Sanitation, dispensaries and jails vaccination Rajputana 1922-1927 - 1922-1927
Year: 1922
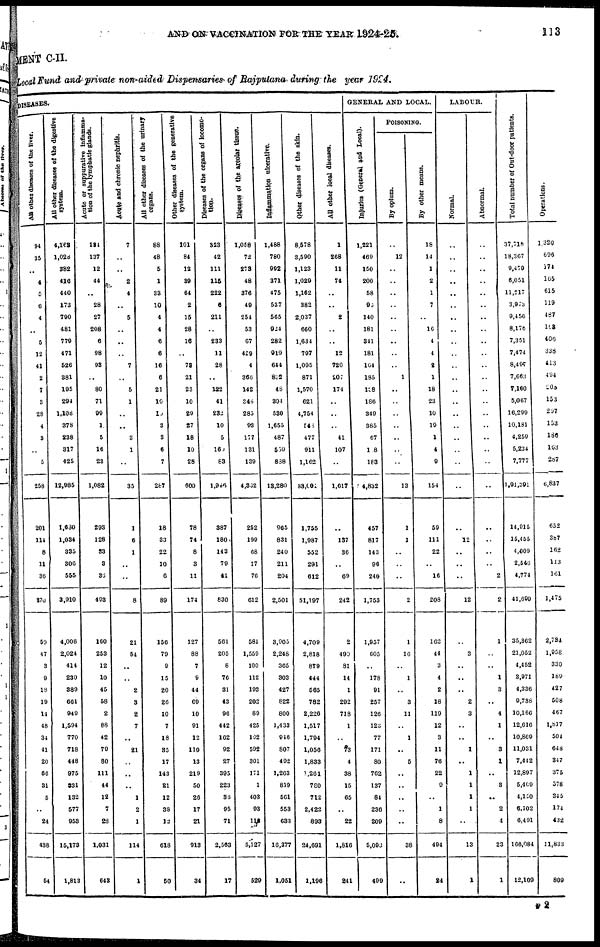
AND ON VACCINATION FOR THE YEAR
1924-25.
113
MENT C-II.
Local Fund and private non-aided Dispensaries of Rajputana during the year 1924.
DISEASES.
All other diseases of the liver.
94
35
..
4
5
6
4
..
5
12
41
2
7
3
28
4
3
..
5
258
201
114
8
11
36
870
59
47
3
9
18
19
14
48
34
41
20
60
31
6
..
24
438
54
All other diseases of the digestive
system.
4,168
1,028
382
416
440
173
790
481
779
471
526
381
195
294
1,108
378
238
317
425
12,985
1,630
1,034
335
306
555
3,910
4,008
2,024
414
230
389
661
949
1,594
770
718
448
975
531
132
577
953
15,173
1,813
Acute or suppurative inflamma-
tion of the lymphatic glands.
184
137
12
44
..
28
27
208
6
98
93
..
80
71
99
1
5
16
23
1,082
293
128
33
3
36
493
160
253
12
10
45
58
2
88
42
79
80
111
44
12
7
28
1,031
643
Acute and chronic nephritis.
7
..
..
2
4
..
5
..
..
..
7
..
5
1
..
..
3
1
..
35
1
6
1
..
..
8
21
54
..
..
2
3
2
7
..
21
..
..
..
1
2
1
114
1
All
other diseases of the urinary
organs.
88
48
5
1
33
10
4
4
6
6
16
6
21
10
10
3
3
6
7
287
18
33
22
10
6
89
156
79
9
15
20
26
10
7
18
35
17
143
21
12
38
12
618
50
Other diseases of the generative
system.
101
84
12
39
64
2
15
28
16
..
78
21
23
10
29
27
18
10
28
600
78
74
8
3
11
174
127
88
7
9
44
69
10
91
12
110
13
219
50
26
17
21
913
34
Diseases of the organs of locomo¬
tion.
323
42
111
115
222
6
211
..
233
11
28
..
122
41
232
10
5
160
83
1,966
387
180
143
79
41
830
561
205
8
76
31
43
96
442
162
92
27
395
223
36
95
71
2,563
17
Diseases of the areolar tissue.
1,058
72
273
48
376
49
254
53
67
429
4
366
142
345
285
93
177
131
139
4,302
252
199
68
17
70
612
581
1,559
100
112
193
202
89
425
192
592
301
171
1
403
93
115
5,127
529
Inflammation ulcerative.
1,488
780
992
371
475
537
565
924
282
919
644
852
48
304
530
1,655
487
559
838
13,280
965
831
240
211
204
2,501
3,905
2,248
365
303
427
822
800
1,433
916
807
402
1,263
819
561
553
63.1
16,377
1,051
Other diseases of the Skin.
8,578
3,590
1,123
1,029
1,162
382
2,037
660
1,634
797
1,095
871
1,570
621
4,754
548
477
911
1,162
83,001
1,755
1,987
552
291
612
51,197
4,709
2,818
879
444
565
782
2,226
1,517
1,794
1,056
1,833
1,261
780
712
2,422
893
24,691
1,196
All other local diseases.
1
268
11
74
..
..
2
..
..
12
720
207
174
..
..
..
41
107
..
1,617
..
137
36
..
69
242
2
490
81
14
1
202
718
1
..
73
4
38
15
65
..
22
1,816
241
GENERAL AND LOCAL.
Injuries (General and Local).
1,221
469
150
200
58
95
140
181
341
181
164
185
108
186
349
385
67
108
163
14,832
457
817
143
96
240
1,753
1,957
605
..
178
91
257
126
123
77
171
80
762
137
84
236
209
5,093
499
POISONING.
By opium.
..
12
..
..
..
..
..
..
..
..
..
1
..
..
..
..
..
..
..
13
1
1
..
..
..
2
1
16
..
1
..
3
11
..
1
..
5
..
..
..
..
..
38
..
By other means.
18
14
1
2
1
7
..
16
4
4
2
1
18
23
10
19
1
4
9
154
59
111
22
..
16
208
162
44
3
4
2
18
119
12
3
11
76
22
9
..
1
8
494
24
LABOUR.
Normal.
..
..
..
..
..
..
..
..
..
..
..
..
..
..
..
..
..
..
..
..
..
12
..
..
..
12
..
3
..
..
..
2
3
..
..
1
..
1
1
1
1
..
13
1
Abnormal.
..
..
..
..
..
..
..
..
..
..
..
..
..
..
..
..
..
..
..
..
..
..
..
..
2
2
1
..
..
1
3
..
4
1
..
3
1
..
3
..
2
4
23
1
Total number of Out-door patients.
37,710
18,367
9,479
6,051
11,217
3,973
9,456
8,176
7,351
7,474
8,495
7,663
7,160
5,067
16,299
10,181
4,259
5,234
7,777
1,91,391
14,015
15,455
4,009
2,546
4,774
41,699
35,362
21,052
4,452
3,971
4,336
9,738
10,166
12,616
10,869
11,031
7,442
12,897
5,409
4,150
6,102
6,491
166,084
12,109
Operations.
1,320
696
174
165
615
119
487
163
406
338
413
494
203
153
297
153
185
163
287
6,837
652
387
162
113
161
1,475
2,734
1,958
330
189
427
508
467
1,817
504
648
347
375
578
345
174
432
11,833
809
P 2